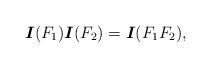
LaTeX: \begin{align*}\mbox{\boldmath$I$}(F_1)\mbox{\boldmath$I$}(F_2)=\mbox{\boldmath$I$}(F_1 F_2),\end{align*}